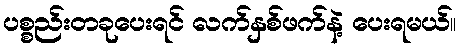
ပစ္စည်းတခုပေးရင် လက်နှစ်ဖက်နဲ့ ပေးရမယ်။